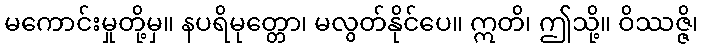
မကောင်းမှုတို့မှ။ နပရိမုတ္တော၊ မလွတ်နိုင်ပေ။ ဣတိ၊ ဤသို့။ ဝိဿဇ္ဇိ၊